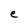
Character: e